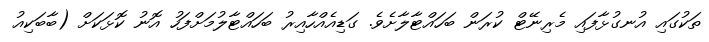
ތަކުގައި އުނގުޅާފައި މެރިނޭޓް ކުރަން ބަހައްޓާލާށެވެ. ގަޑިއެއްހާއިރު ބަހައްޓާލުމަށްފަހު އޮނު ކޮޅަކަށް (ބާބަކިއު